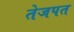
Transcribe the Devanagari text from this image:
तेजपत